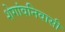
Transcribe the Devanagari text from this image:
शेगांवनिवासी